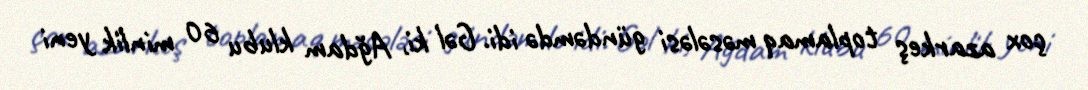
çox azarkeş toplamaq məsələsi gündəmdə idi. Gəl ki, Ağdam klubu 60 minlik yeni